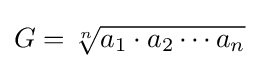
G={\sqrt[{n}]{a_{1}\cdot a_{2}\cdots a_{n}}}